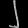
Digit: ၂